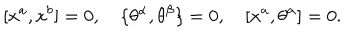
\lbrack x ^ { a } , x ^ { b } ] = 0 , \quad \{ \theta ^ { \alpha } , \theta ^ { \beta } \} = 0 , \quad [ x ^ { a } , \theta ^ { \alpha } ] = 0 .